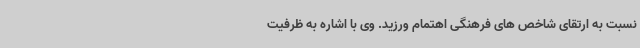
نسبت به ارتقای شاخص های فرهنگی اهتمام ورزید. وی با اشاره به ظرفیت